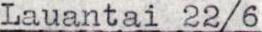
Lauantai 22/6